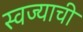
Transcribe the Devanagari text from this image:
स्वज्याची